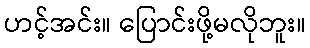
ဟင့်အင်း။ ပြောင်းဖို့မလိုဘူး။